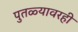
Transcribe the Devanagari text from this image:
पुतळ्यावरही